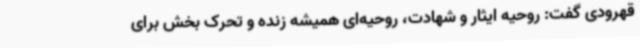
قهرودی گفت: روحیه ایثار و شهادت، روحیه‌ای همیشه زنده و تحرک بخش برای